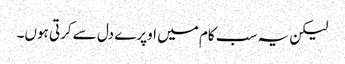
لیکن یہ سب کام میں اوپرے دل سے کرتی ہوں۔